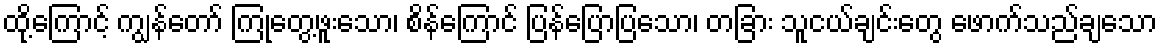
ထို့ကြောင့် ကျွန်တော် ကြုံတွေ့ဖူးသော၊ စိန်ကြောင် ပြန်ပြောပြသော၊ တခြား သူငယ်ချင်းတွေ ဖောက်သည်ချသော